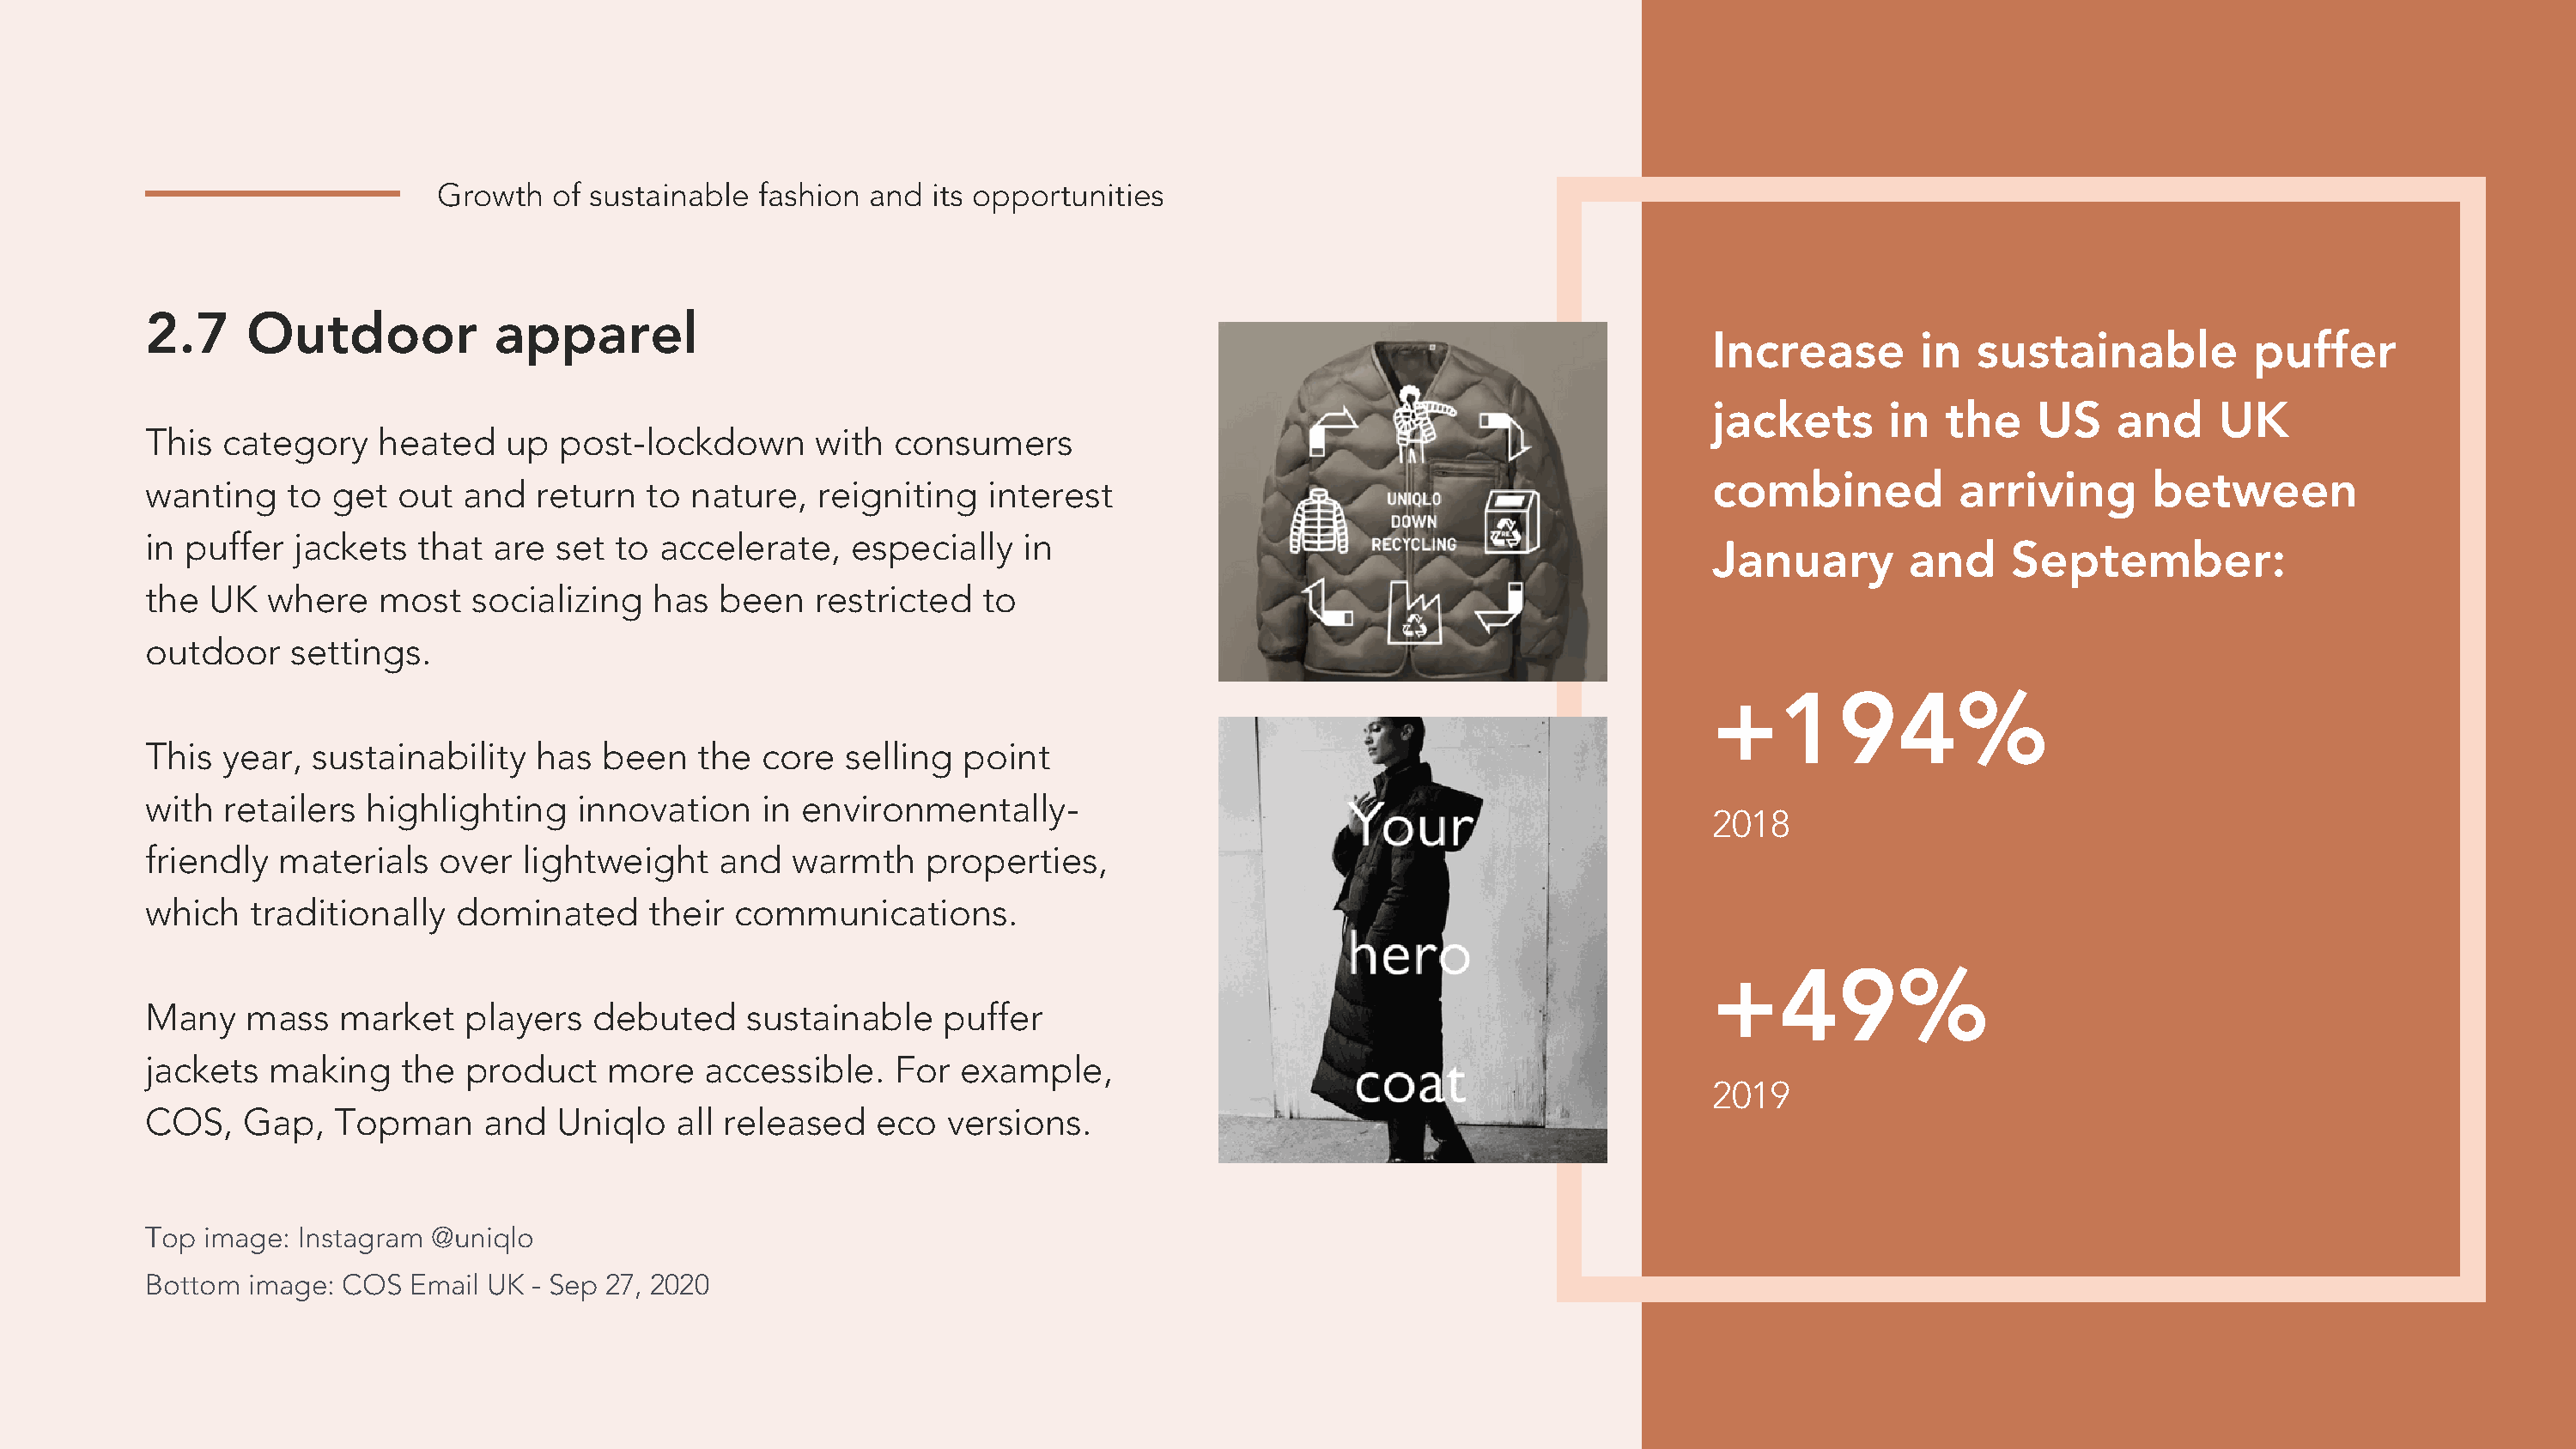
Growth   of sustainable fashion  and  its opportunities
 2.7     Outdoor            apparel
 Increase        in  sustainable           puffer
 jackets       in  the    US    and     UK
 This  category    heated    up  post-lockdown       with  consumers
 combined           arriving       between
 wanting    to  get  out  and  return   to nature,   reigniting   interest
 in puffer   jackets  that  are  set to  accelerate,    especially   in
 January        and     September:
 the  UK   where   most   socializing   has  been    restricted   to
 outdoor    settings.
 +194%
 This  year,  sustainability   has  been    the  core  selling  point
 with  retailers  highlighting    innovation     in environmentally-
 2018
 friendly  materials    over  lightweight    and   warmth    properties,
 which   traditionally   dominated      their  communications.
 +49%
 Many    mass   market    players   debuted     sustainable    puffer
 jackets   making    the  product    more   accessible.    For  example,
 2019
 COS,    Gap,   Topman     and   Uniqlo   all released    eco  versions.
 Top  image: Instagram @uniqlo
 Bottom  image: COS   Email UK - Sep 27, 2020